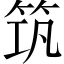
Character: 筑